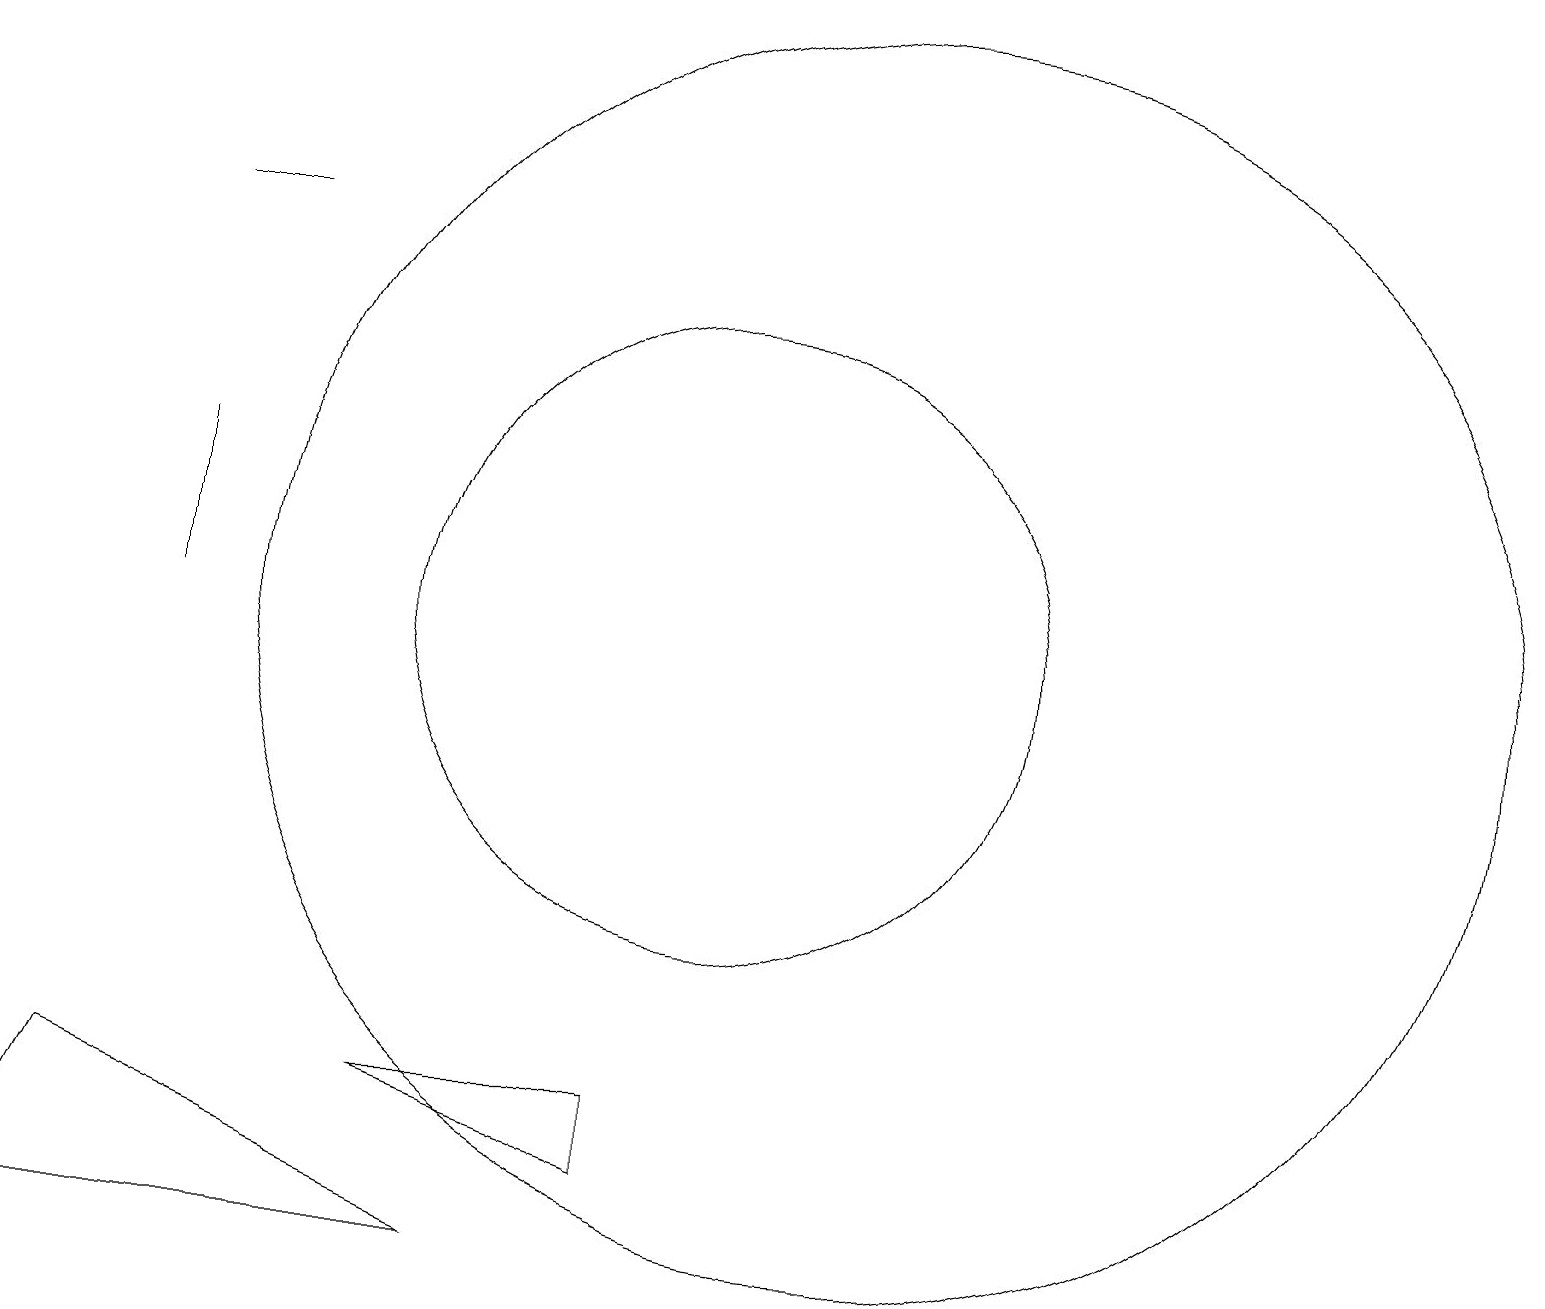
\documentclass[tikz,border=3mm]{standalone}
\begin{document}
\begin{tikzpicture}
\draw (10,12) circle (4);
\draw (9,5) -- (9,6) -- (6,6) -- cycle;
\draw (4,17) rectangle (3,17);
\draw (3,12) rectangle (3,14);
\draw (7,4) -- (1,4) -- (2,6) -- cycle;
\draw (12,12) circle (8);
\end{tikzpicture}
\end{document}